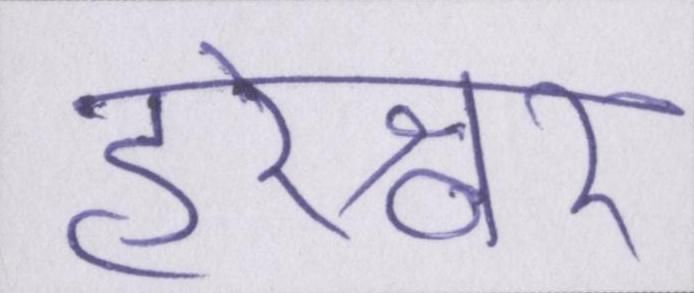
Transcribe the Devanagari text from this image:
हरेश्वर